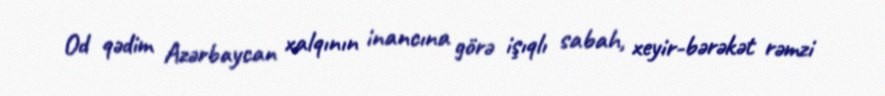
Od qədim Azərbaycan xalqının inancına görə işıqlı sabah, xeyir-bərəkət rəmzi